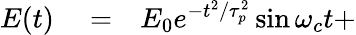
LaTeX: \begin{array}{rlr}{E(t)}&{{}=}&{E_{0}e^{-t^{2}/\tau_{p}^{2}}\sin\omega_{c}t+}\end{array}